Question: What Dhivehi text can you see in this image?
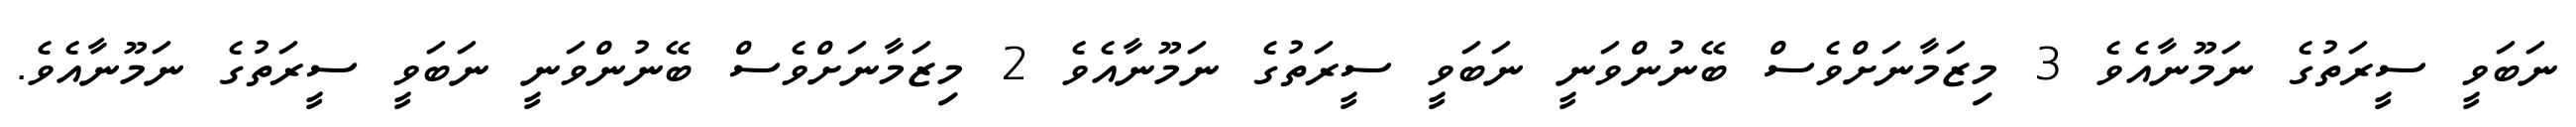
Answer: ނަބަވީ ސީރަތުގެ ނަމޫނާއެވެ 3 މިޒަމާނަށްވެސް ބޭނުންވަނީ ނަބަވީ ސީރަތުގެ ނަމޫނާއެވެ 2 މިޒަމާނަށްވެސް ބޭނުންވަނީ ނަބަވީ ސީރަތުގެ ނަމޫނާއެވެ.